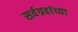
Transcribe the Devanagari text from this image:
सर्वग्रहांच्या